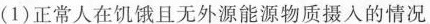
(1)正常人在饥饿且无外源能源物质摄入的情况